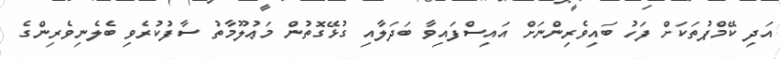
އަދި ކޭމްޕުތަކަށް ފަހު ބައިވެރިންނަށް އައިސްފައިވާ ބަދަލާއި ގުޅޭގޮތުން މަޢުލޫމާތު ސާފުކުރެވި ބެލެނިވެރިންގެ